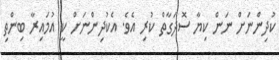
ކުދިންނަށް ނަން ކިޔާ ސޮދަގާތް ކުރި އެވެ. އެކުދިންނަށް ކީ އުމައިރާ ބިންތި